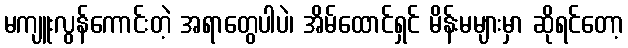
မကျူးလွန်ကောင်းတဲ့ အရာတွေပါပဲ၊ အိမ်ထောင်ရှင် မိန်းမများမှာ ဆိုရင်တော့